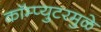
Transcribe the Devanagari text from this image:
कॉम्प्युटरमुळे